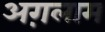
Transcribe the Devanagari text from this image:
अग़लाम